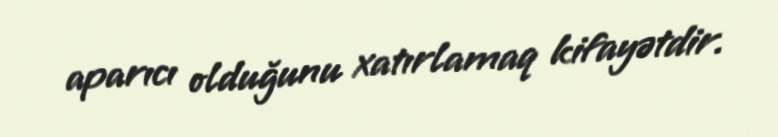
aparıcı olduğunu xatırlamaq kifayətdir.